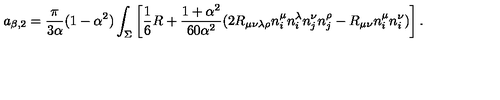
a _ { \beta , 2 } = { \frac { \pi } { 3 \alpha } } ( 1 - \alpha ^ { 2 } ) \int _ { \Sigma } \left[ \frac 1 6 R + { \frac { 1 + \alpha ^ { 2 } } { 6 0 \alpha ^ { 2 } } } ( 2 R _ { \mu \nu \lambda \rho } n _ { i } ^ { \mu } n _ { i } ^ { \lambda } n _ { j } ^ { \nu } n _ { j } ^ { \rho } - R _ { \mu \nu } n _ { i } ^ { \mu } n _ { i } ^ { \nu } ) \right] .